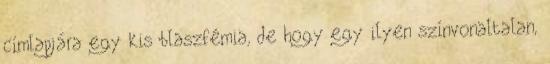
címlapjára egy kis blaszfémia, de hogy egy ilyen színvonaltalan,